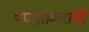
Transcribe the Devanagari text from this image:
पणशीकरांची